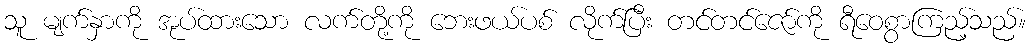
သူ မျက်နှာကို အုပ်ထားသော လက်တို့ကို ဘေးဖယ်ပစ် လိုက်ပြီး တင်တင်ဇော်ကို ရီဝေစွာကြည့်သည်။